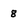
Character: 8